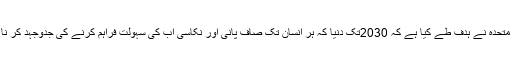
اقوام متحدہ نے ہدف طے کیا ہے کہ 2030تک دنیا کہ ہر انسان تک صاف پانی اور نکاسی آب کی سہولت فراہم کرنے کی جدوجہد کر نا ہے۔